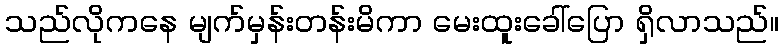
သည်လိုကနေ မျက်မှန်းတန်းမိကာ မေးထူးခေါ်ပြော ရှိလာသည်။